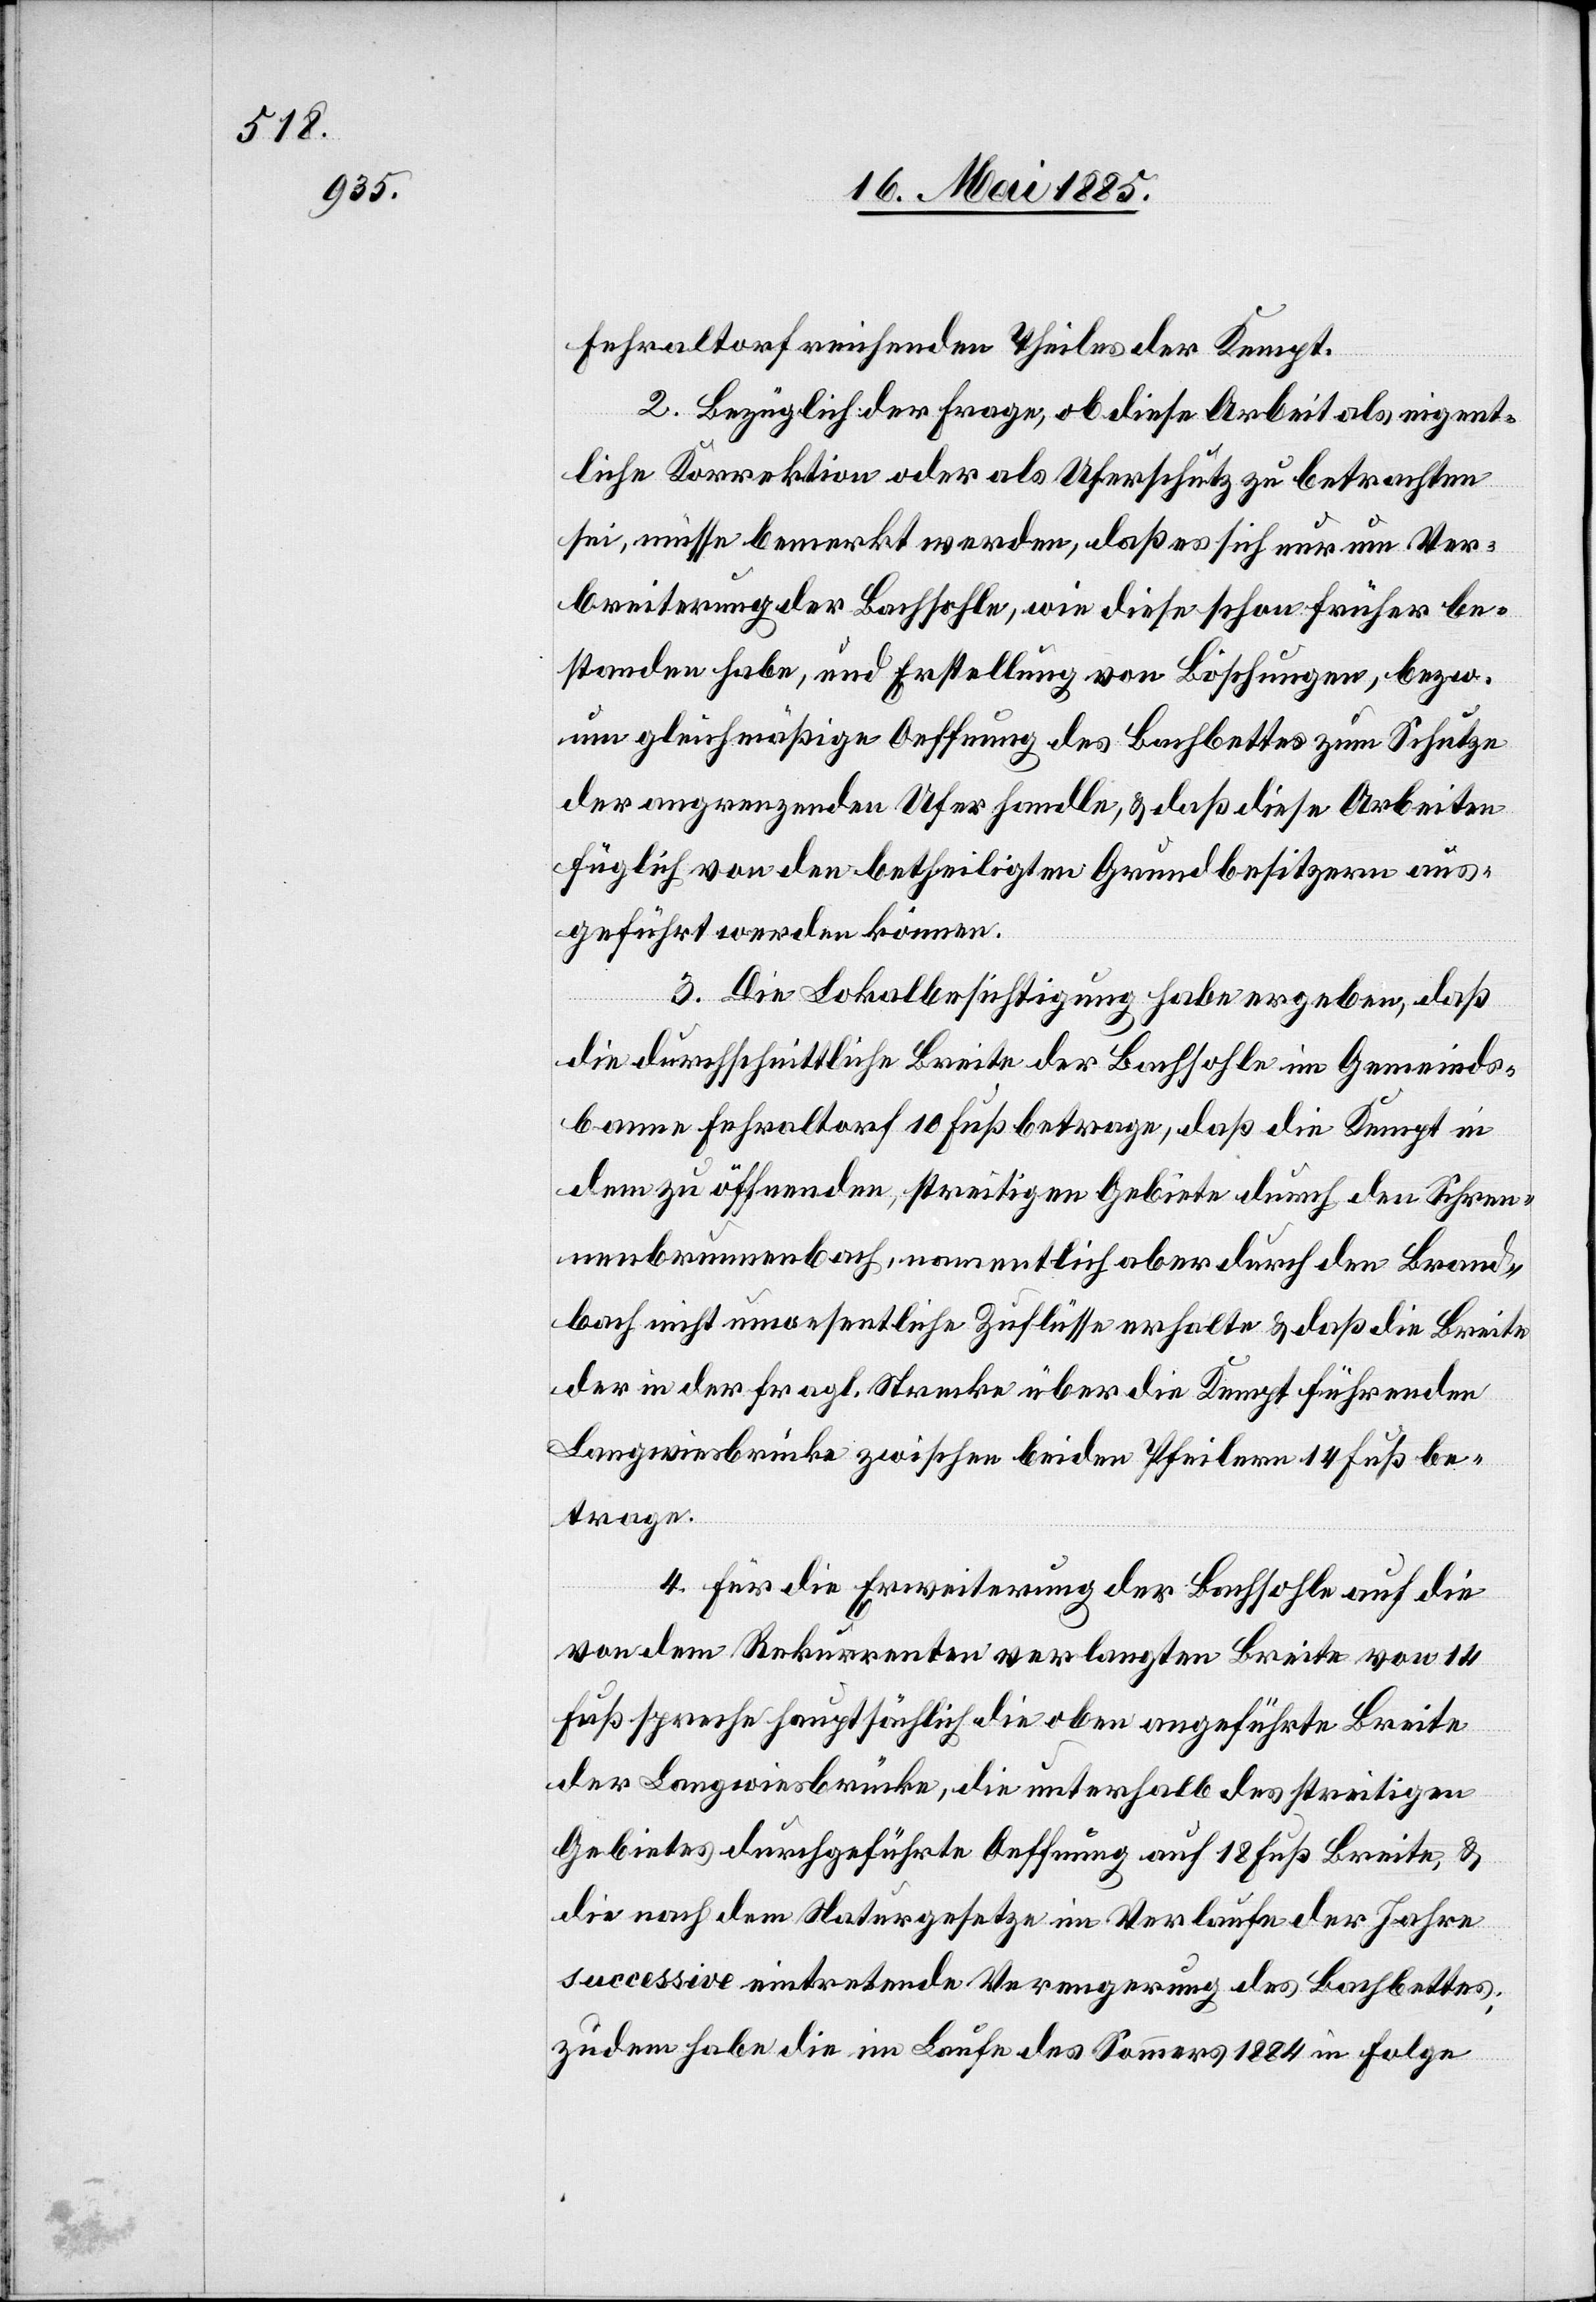
Fehraltorf reihenden Theiles der Kempt.
2. Bezüglich der Frage, ob diese Arbeit als eigent¬
liche Korrektion oder als Uferschutz zu betrachten
sei, müsse bemerkt werden, daß es sich nur um Ver¬
breiterung der Bachsohle, wie diese schon früher be¬
standen habe, und Erstellung von Böschungen, bezw.
um gleichmäßige Oeffnung des Bachbettes zum Schutze
der angrenzenden Ufer handle & daß diese Arbeiten
füglich von den betheiligten Grundbesitzern aus¬
geführt werden können.
3. Die Lokalbesichtigung habe ergeben, daß
die durchschnittliche Breite der Sohle im Gemeinds¬
banne Fehraltorf 10 Fuß betrage, daß die Kempt in
dem zu öffnenden, streitigen Gebiete durch den Schre¬
uenbrunnenbach namentlich aber durch den Brand¬
bach nicht unwesentliche Zuflüsse erhalte & daß die Breite
der in der fragl. Strecke über die Kempt führenden
Langwiesbrücke zwischen beiden Pfeilern 14 Fuß be¬
trage.
4. Für die Erweiterung der Bachsohle auf die
von dem Rekurrenten verlangten [sic!] Breite von 14
Fuß spreche hauptsächlich die oben angeführte Breite
der Langwiesbrücke, die unterhalb des streitigen
Gebietes durchgeführte Oeffnung auf 18 Fuß Breite, &
die nach dem Naturgesetze im Verlauf der Jahre
successive eintretende Verengerung [recte: Verengung]
zudem habe die im Laufe des Sommers 1884 in Folge